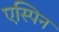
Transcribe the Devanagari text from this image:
एस्पिन